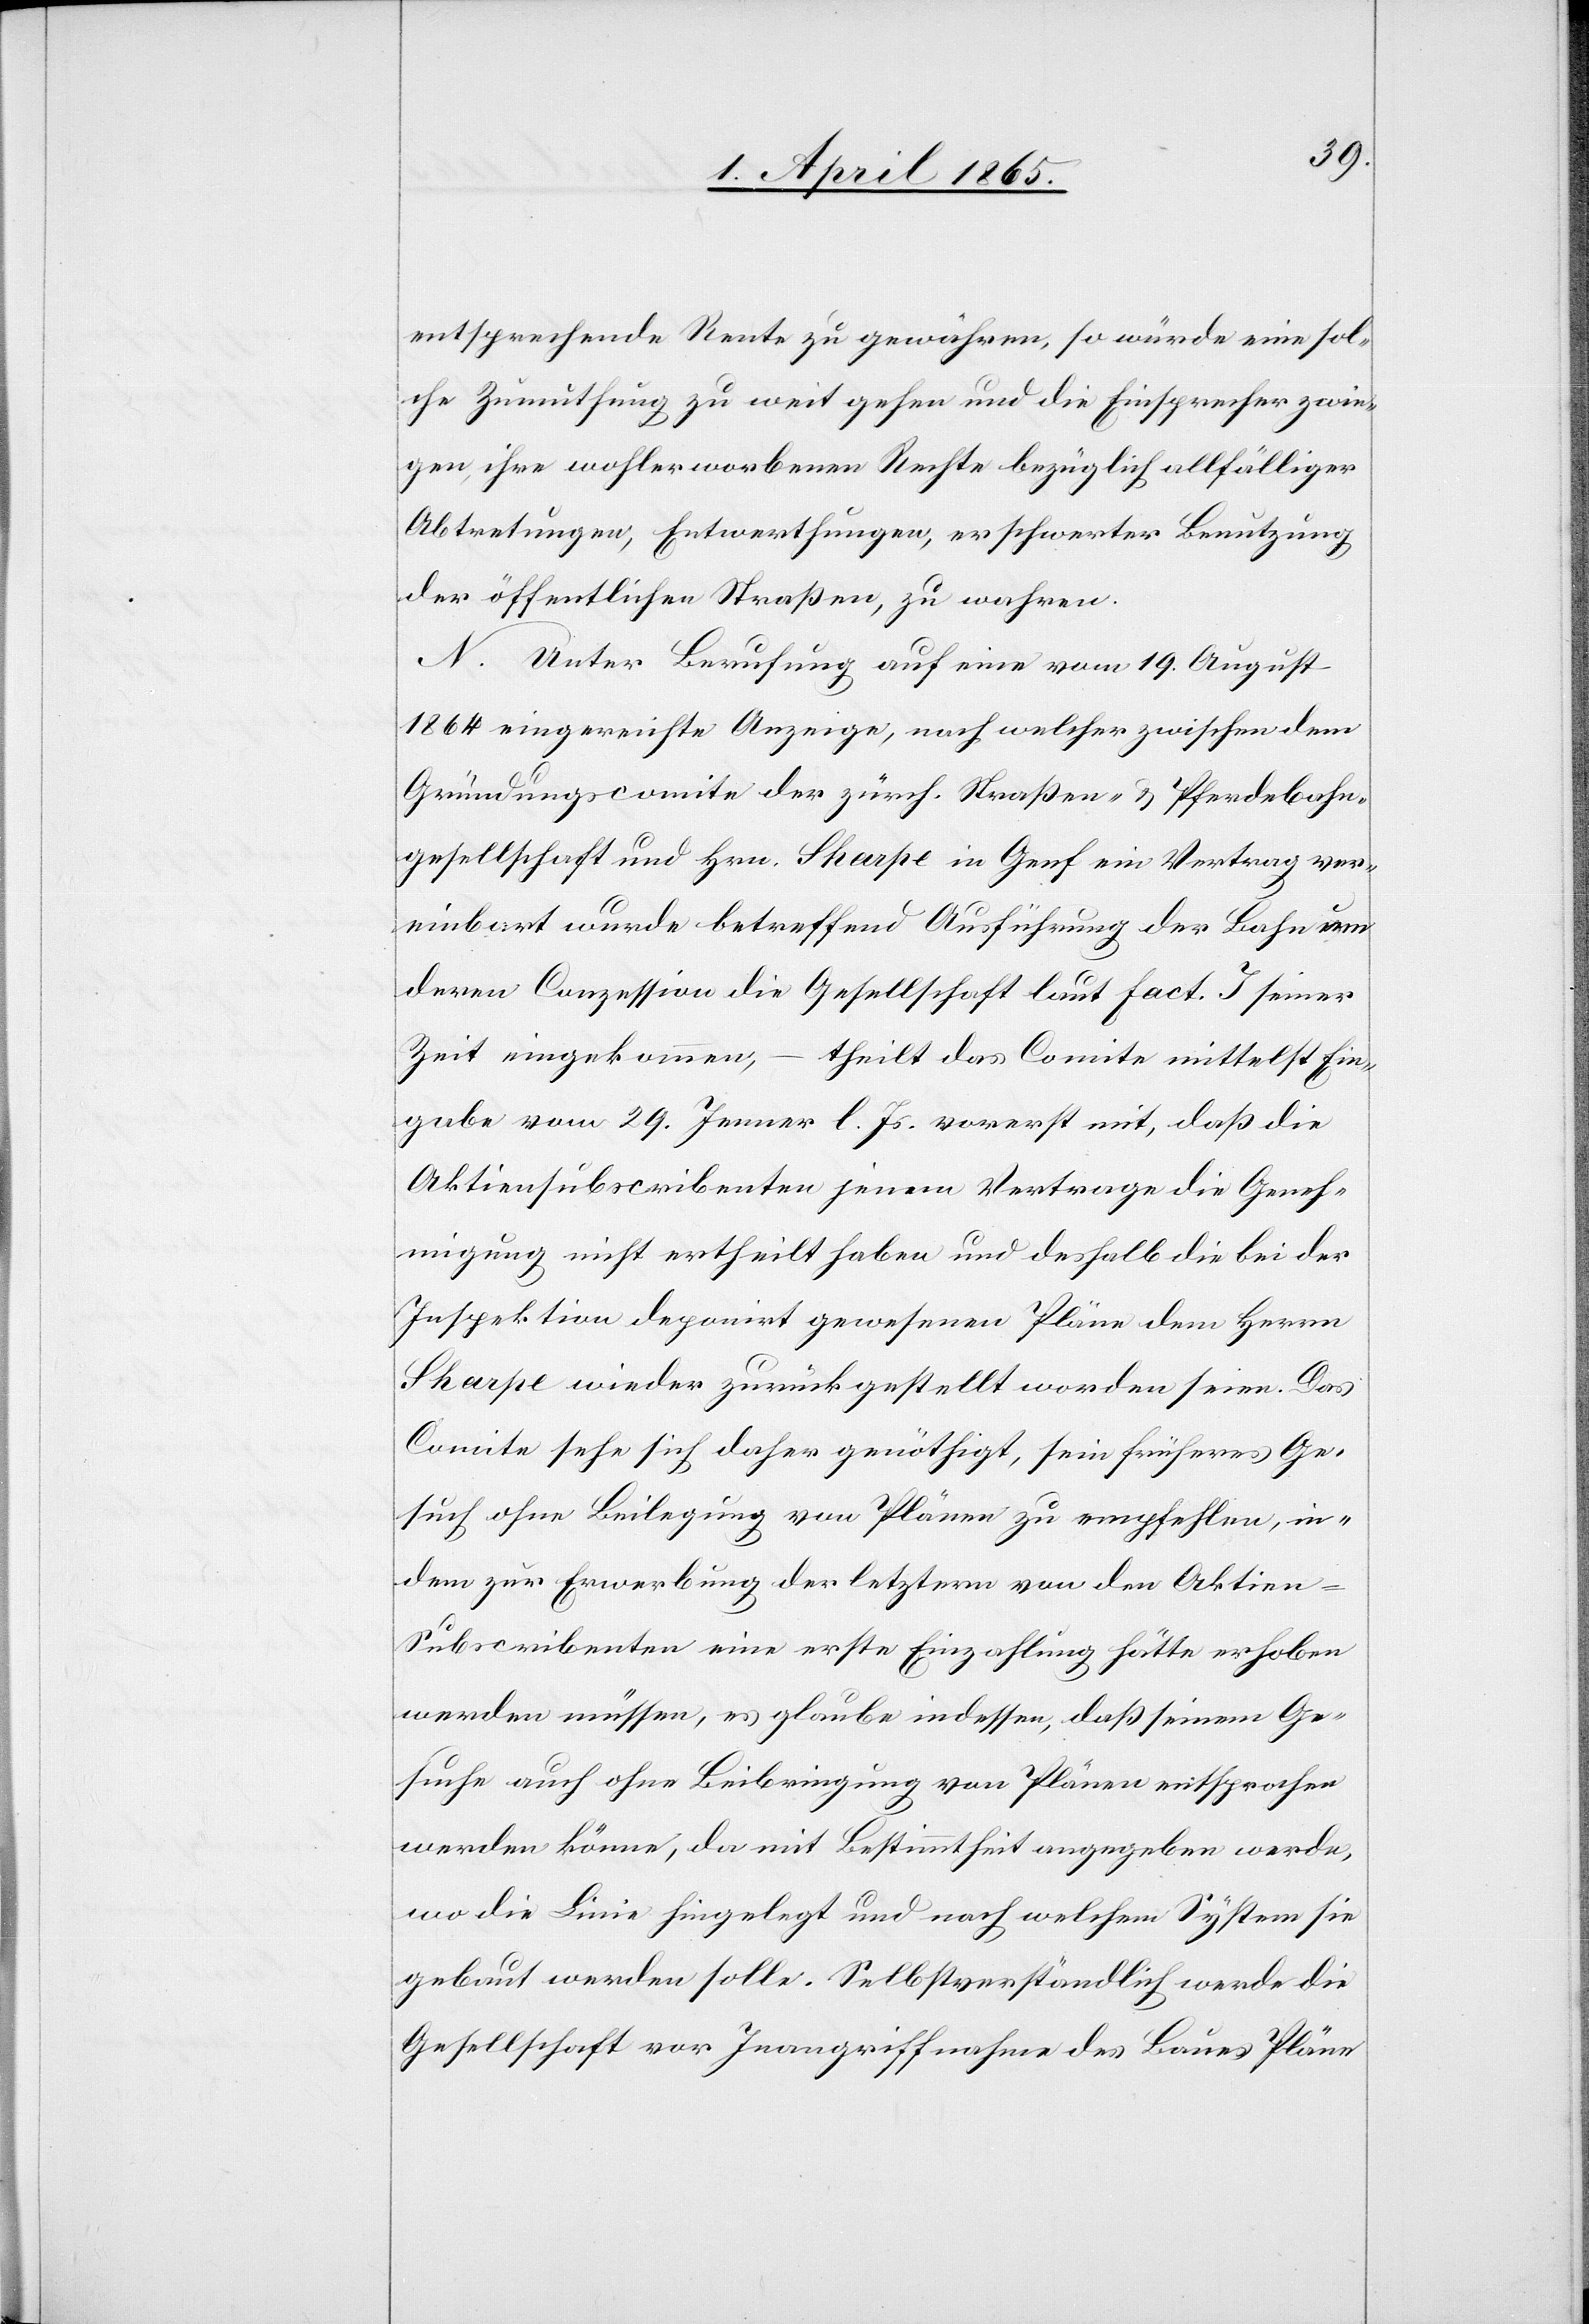
entsprechende Rente zu gewähren, so würde eine sol¬
che Zumuthung zu weit gehen und die Einsprecher zwin¬
gen, ihre wohlerworbenen Rechte bezüglich allfälliger
Abtretungen, Entwerthungen, erschwerter Benutzung
der öffentlichen Straßen, zu wahren.
N. Unter Berufung auf eine vom 19. August
1864 eingereichte Anzeige, nach welcher zwischen dem
Gründungscomite der zürch. Straßen- & Pferdebahn¬
gesellschaft und Hrn. Sharpe in Genf ein Vertrag ver¬
einbart wurde betreffend Ausführung der Bahn um
deren Conzession die Gesellschaft laut Fact. J seiner
Zeit eingekommen,
theilt das Comite mittelst Ein¬
gabe vom 29. Jenner l. Js. vorerst mit, daß die
Aktiensubscribenten jenem Vertrage die Geneh¬
migung nicht ertheilt haben und deshalb die bei der
Inspektion deponirt gewesenen Pläne dem Herrn
Sharpe wieder zurückgestellt worden seien. Das
Comite sehe sich daher genöthigt, sein früheres Ge¬
such ohne Beilegung von Plänen zu empfehlen, in¬
dem zur Erwerbung der letztern von den Aktien-S¬
ubscribenten eine erste Einzahlung hätte erhoben
werden müssen, es glaube indessen, daß seinem Ge¬
suche auch ohne Beibringung von Plänen entsprochen
werden könne, da mit Bestimmtheit angegeben werde,
wo die Linie hingelegt und nach welchem System sie
gebaut werden solle. Selbstverständlich werde die
Gesellschaft vor Inangriffnahme des Baues Pläne